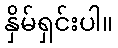
နှိမ်ရှင်းပါ။